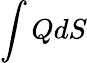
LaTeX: \int QdS